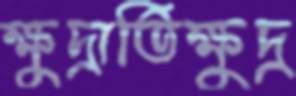
ক্ষুদ্রাতিক্ষুদ্র